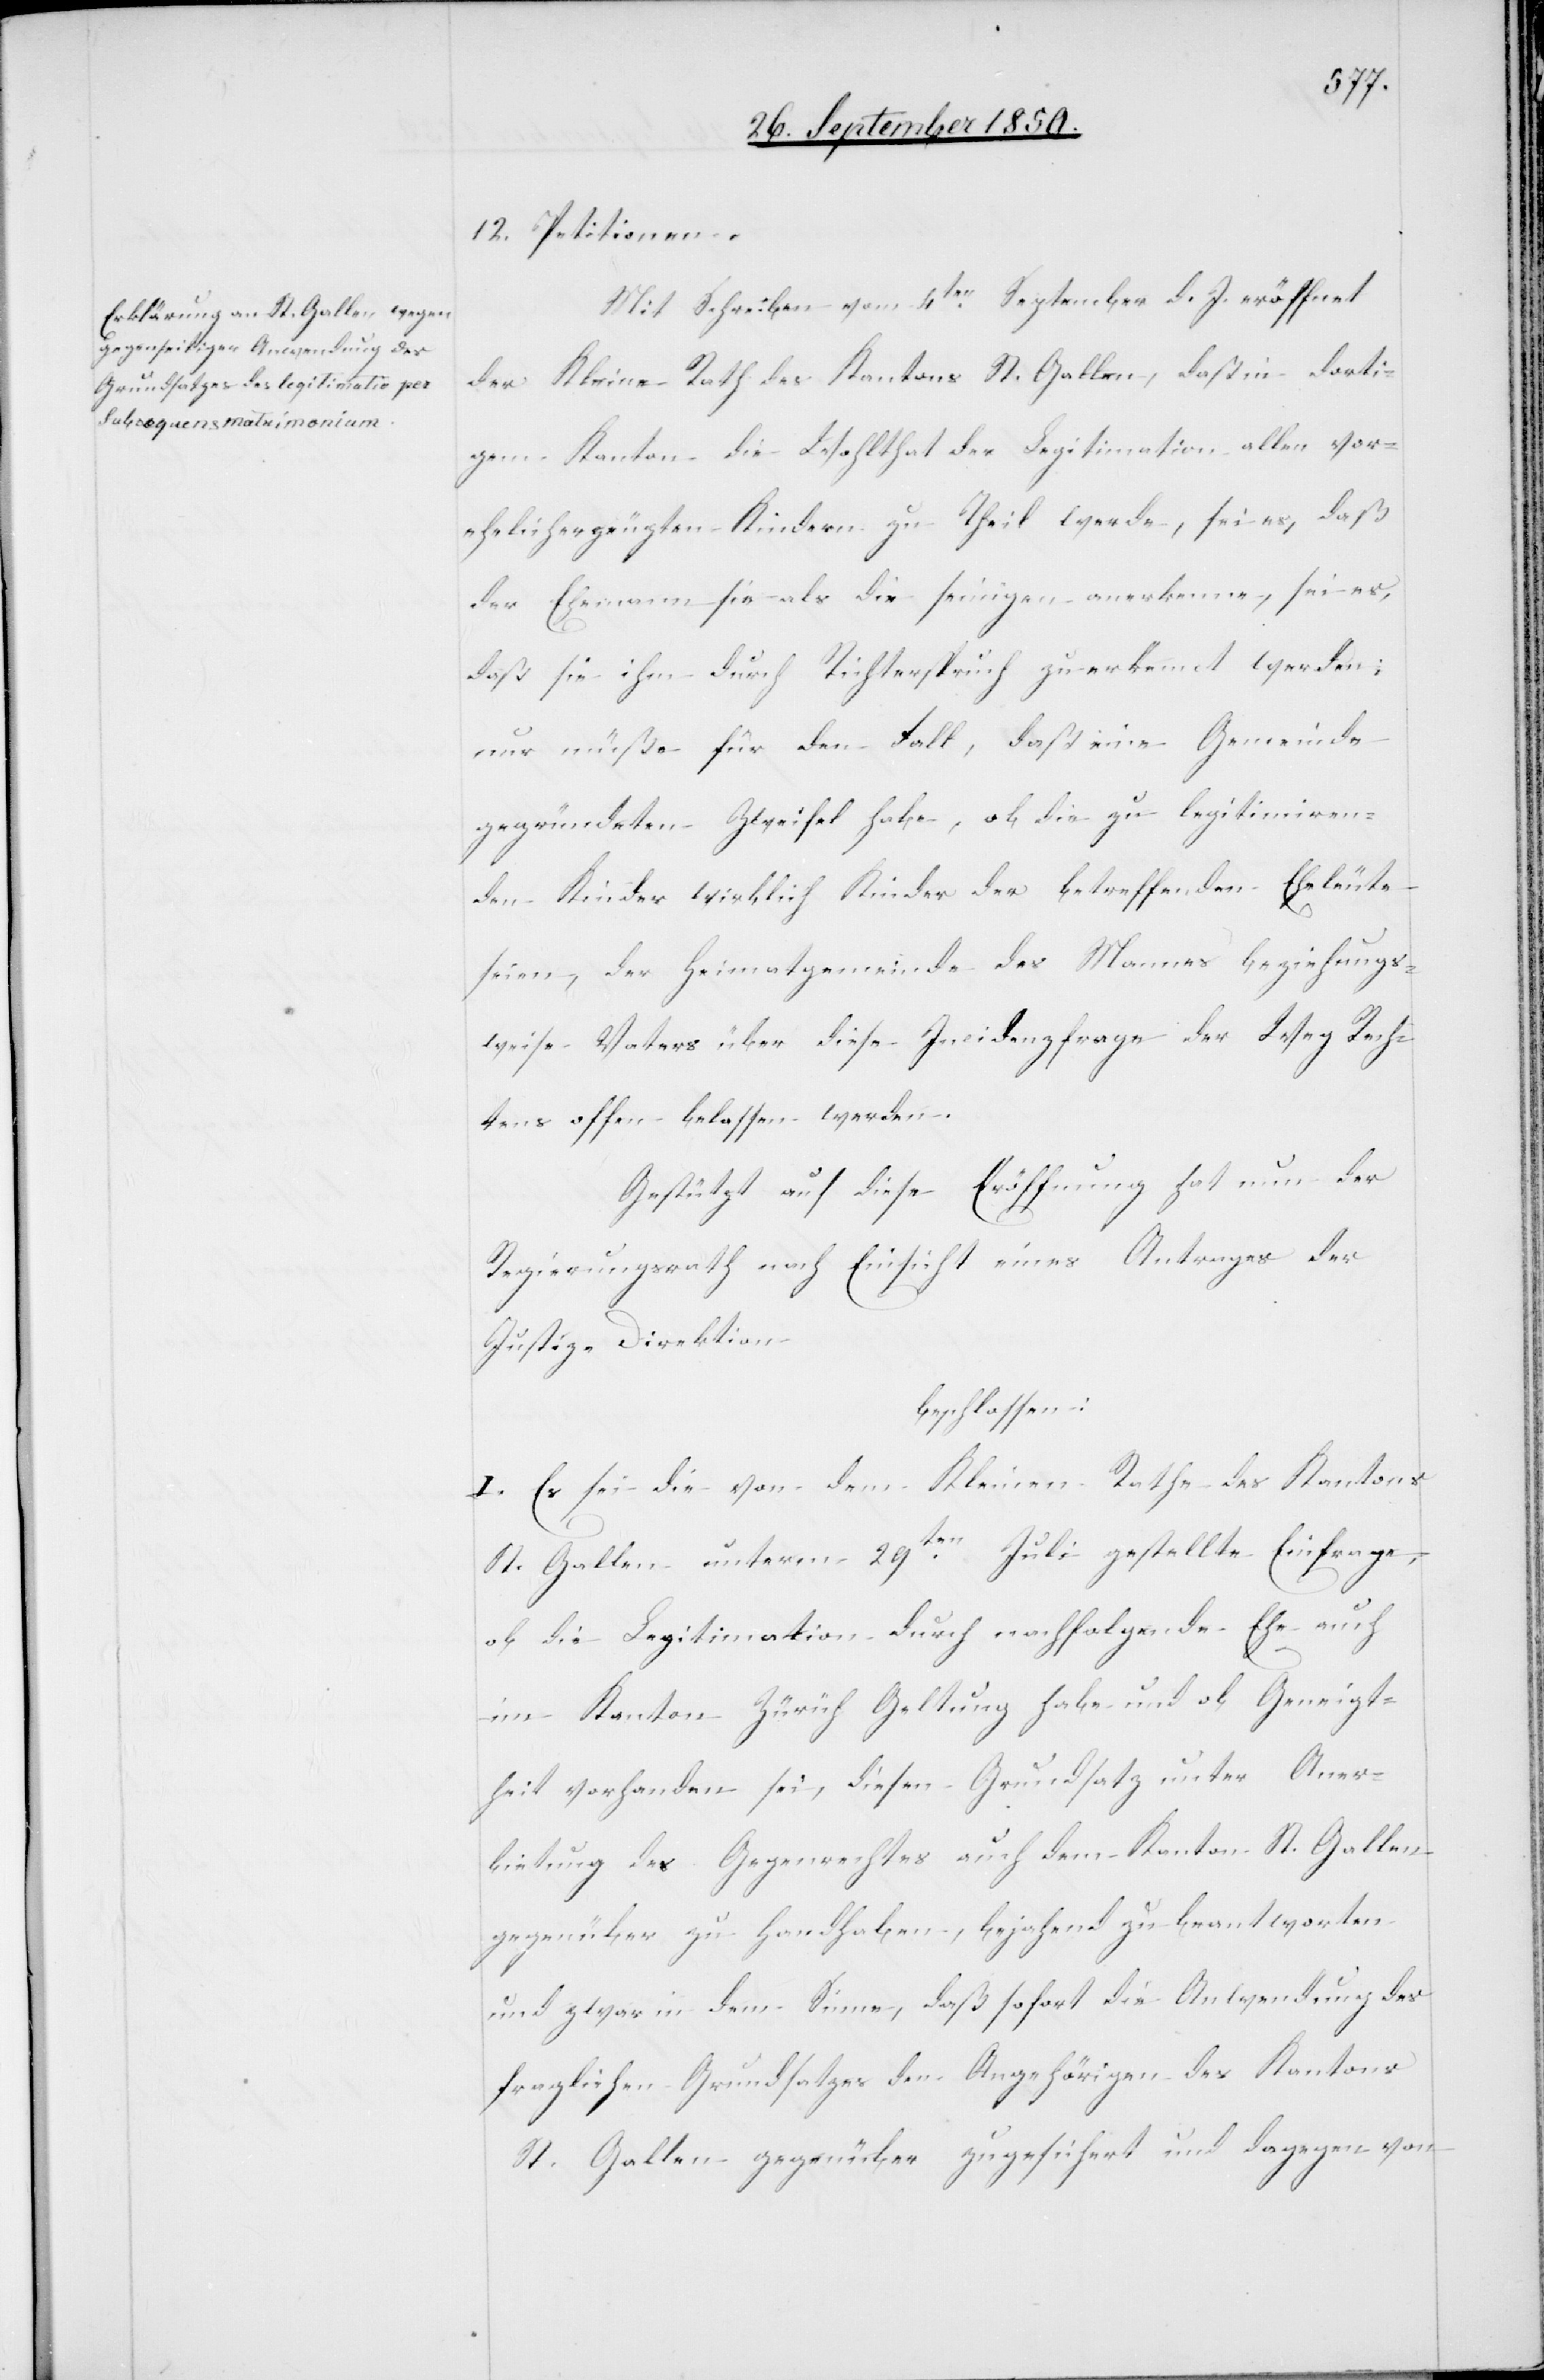
12. Petitionen.
Mit Schreiben vom 4ten September d. J. eröffnet
der Kleine Rath des Kantons St. Gallen, daß in dorti¬
gem Kanton die Wohlthat der Legitimation allen vor¬
ehelicherzeugten Kindern zu Theil werde, sei es, daß
der Ehemann sie als die seinigen anerkenne, sei es,
daß sie ihm durch Richterspruch zuerkennt werden;
nur müße für den Fall, daß eine Gemeinde
gegründeten Zweifel habe, ob die zu legitimiren¬
den Kinder wirklich Kinder der betreffenden Eheleute
seien, der Heimatgemeinde des Mannes beziehungs¬
weise Vaters über diese Incidenzfrage der Weg Rech¬
tens offen belassen werden.
Gestützt auf diese Eröffnung hat nun der
Regierungsrath nach Einsicht eines Antrages der
Justiz-Direktion
beschlossen:
I. Es sei die von dem Kleinen Rathe des Kantons
St. Gallen unterm 29ten Juli gestellte Einfrage,
ob die Legitimation durch nachfolgende Ehe auch
im Kanton Zürich Geltung habe und ob Geneigt¬
heit vorhanden sei, diesen Grundsatz unter Aner¬
bietung des Gegenrechtes auch dem Kanton St. Gallen
gegenüber zu handhaben, bejahend zu beantworten
und zwar in dem Sinne, daß sofort die Anwendung des
fraglichen Grundsatzes den Angehörigen des Kantons
St. Gallen gegenüber zugesichert und dagegen von